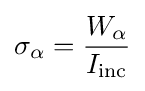
\sigma _{\alpha }={\frac {W_{\alpha }}{I_{\text{inc}}}}